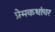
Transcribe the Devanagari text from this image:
प्रेमकथांवर